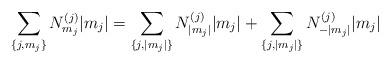
LaTeX: \begin{align*}\sum_{\{j,m_j\}} N^{(j)}_{m_j}|m_j|= \sum_{\{j,|m_j|\}}N^{(j)}_{|m_j|}|m_j|+\sum_{\{j,|m_j|\}} N^{(j)}_{-|m_j|}|m_j|\end{align*}